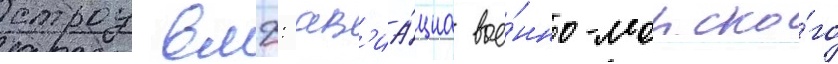
строу вмф: ав'иа́циа вое́нно-морско́го